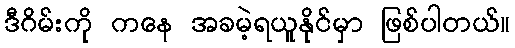
ဒီဂိမ်းကို ကနေ အခမဲ့ရယူနိုင်မှာ ဖြစ်ပါတယ်။